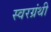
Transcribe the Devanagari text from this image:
स्वरग्रंथी